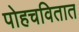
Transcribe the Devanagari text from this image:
पोहचवितात